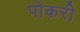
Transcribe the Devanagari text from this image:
पोकरी